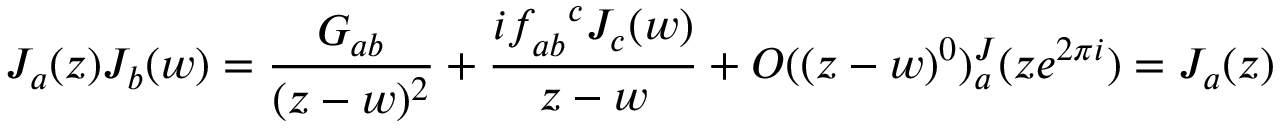
J _ { a } ( z ) J _ { b } ( w ) = \frac { G _ { a b } } { ( z - w ) ^ { 2 } } + \frac { i f _ { a b } ^ { \ \ c } J _ { c } ( w ) } { z - w } + O ( ( z - w ) ^ { 0 } ) \sp J _ { a } ( z e ^ { 2 \pi i } ) = J _ { a } ( z )